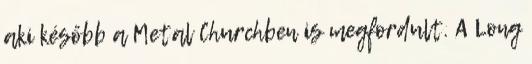
aki később a Metal Churchben is megfordult. A Long